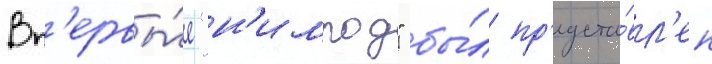
Вп'ервы́е "н'имрод" бы́л пр'едста́вл'ен